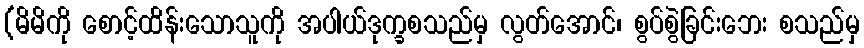
(မိမိကို စောင့်ထိန်းသောသူကို အပါယ်ဒုက္ခစသည်မှ လွတ်အောင်၊ စွပ်စွဲခြင်းဘေး စသည်မှ